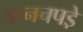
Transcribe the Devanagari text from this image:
कनचपडे़